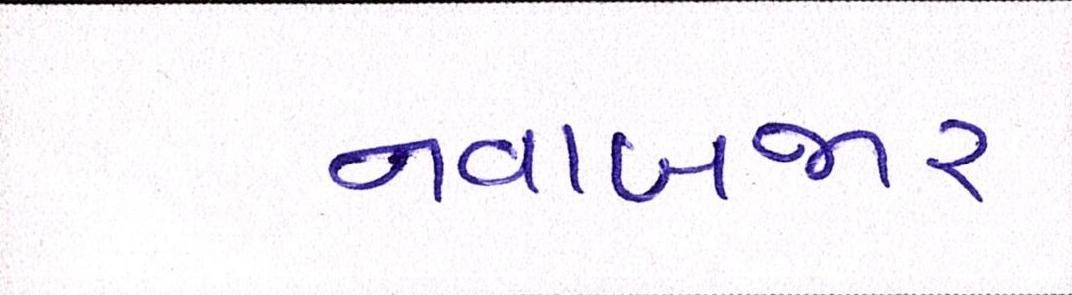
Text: નવાબજાર